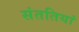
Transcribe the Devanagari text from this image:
संततियां